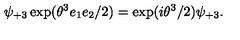
\psi _ { + 3 } \exp ( \theta ^ { 3 } e _ { 1 } e _ { 2 } / 2 ) = \exp ( i \theta ^ { 3 } / 2 ) \psi _ { + 3 } .